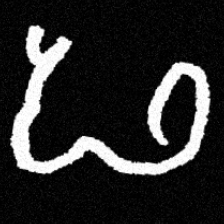
Pyu character \u2014 Myanmar letter: ဖ (romanized: pha)